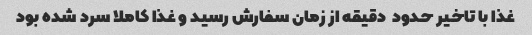
غذا با تاخیر حدود  دقیقه از زمان سفارش رسید و غذا کاملا سرد شده بود